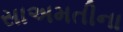
સાઅમતીના